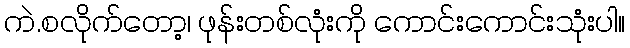
ကဲ.စလိုက်တော့၊ ဖုန်းတစ်လုံးကို ကောင်းကောင်းသုံးပါ။